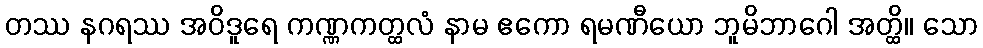
တဿ နဂရဿ အဝိဒူရေ ကဏ္ဏကတ္ထလံ နာမ ဧကော ရမဏီယော ဘူမိဘာဂေါ အတ္ထိ။ သော